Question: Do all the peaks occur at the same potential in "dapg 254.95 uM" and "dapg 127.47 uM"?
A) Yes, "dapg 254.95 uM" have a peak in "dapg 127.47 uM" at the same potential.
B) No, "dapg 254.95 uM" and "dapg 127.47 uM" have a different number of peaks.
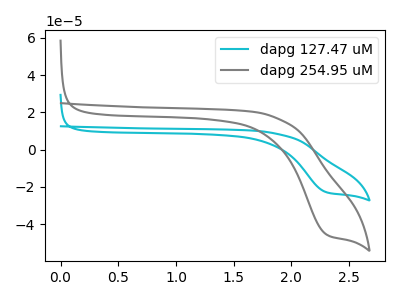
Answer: <think>The cyan curve "dapg 127.47 uM" has a cathodic peak at: (2.30V, -22.85uA). The gray curve "dapg 254.95 uM" has a cathodic peak at: (2.30V, -45.50uA).</think>
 <answer>A) Yes, "dapg 254.95 uM" have a peak in "dapg 127.47 uM" at the same potential.</answer>
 <eval>A</eval>